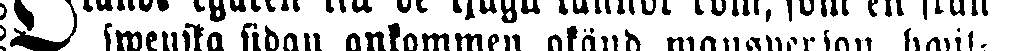
swenska sidan ankommen okänd mansperson havit-